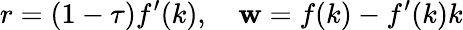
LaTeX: r=(1-\tau)f^{\prime}(k),\quad\mathbf{w}=f(k)-f^{\prime}(k)k